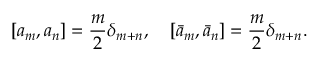
\left[ a _ { m } , a _ { n } \right] = { \frac { m } { 2 } } \delta _ { m + n } , \quad \left[ \bar { a } _ { m } , \bar { a } _ { n } \right] = { \frac { m } { 2 } } \delta _ { m + n } .